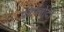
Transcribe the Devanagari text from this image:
पटेरनोदों